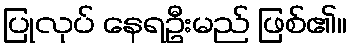
ပြုလုပ် နေရဦးမည် ဖြစ်၏။